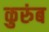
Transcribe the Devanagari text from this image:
कुरुंब